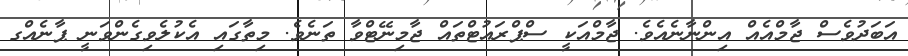
އަބަދުވެސް ޖާމްއެއް އިންނާނެއެވެ. ޖާމްއަކީ ސްޕްރައުޓްތައް ޖާމިނޭޓްވާ ތަނެވެ. މިތާގައި އެކުލެވިގެންވަނީ ޕާނެއްގ